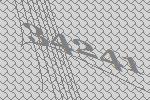
34241